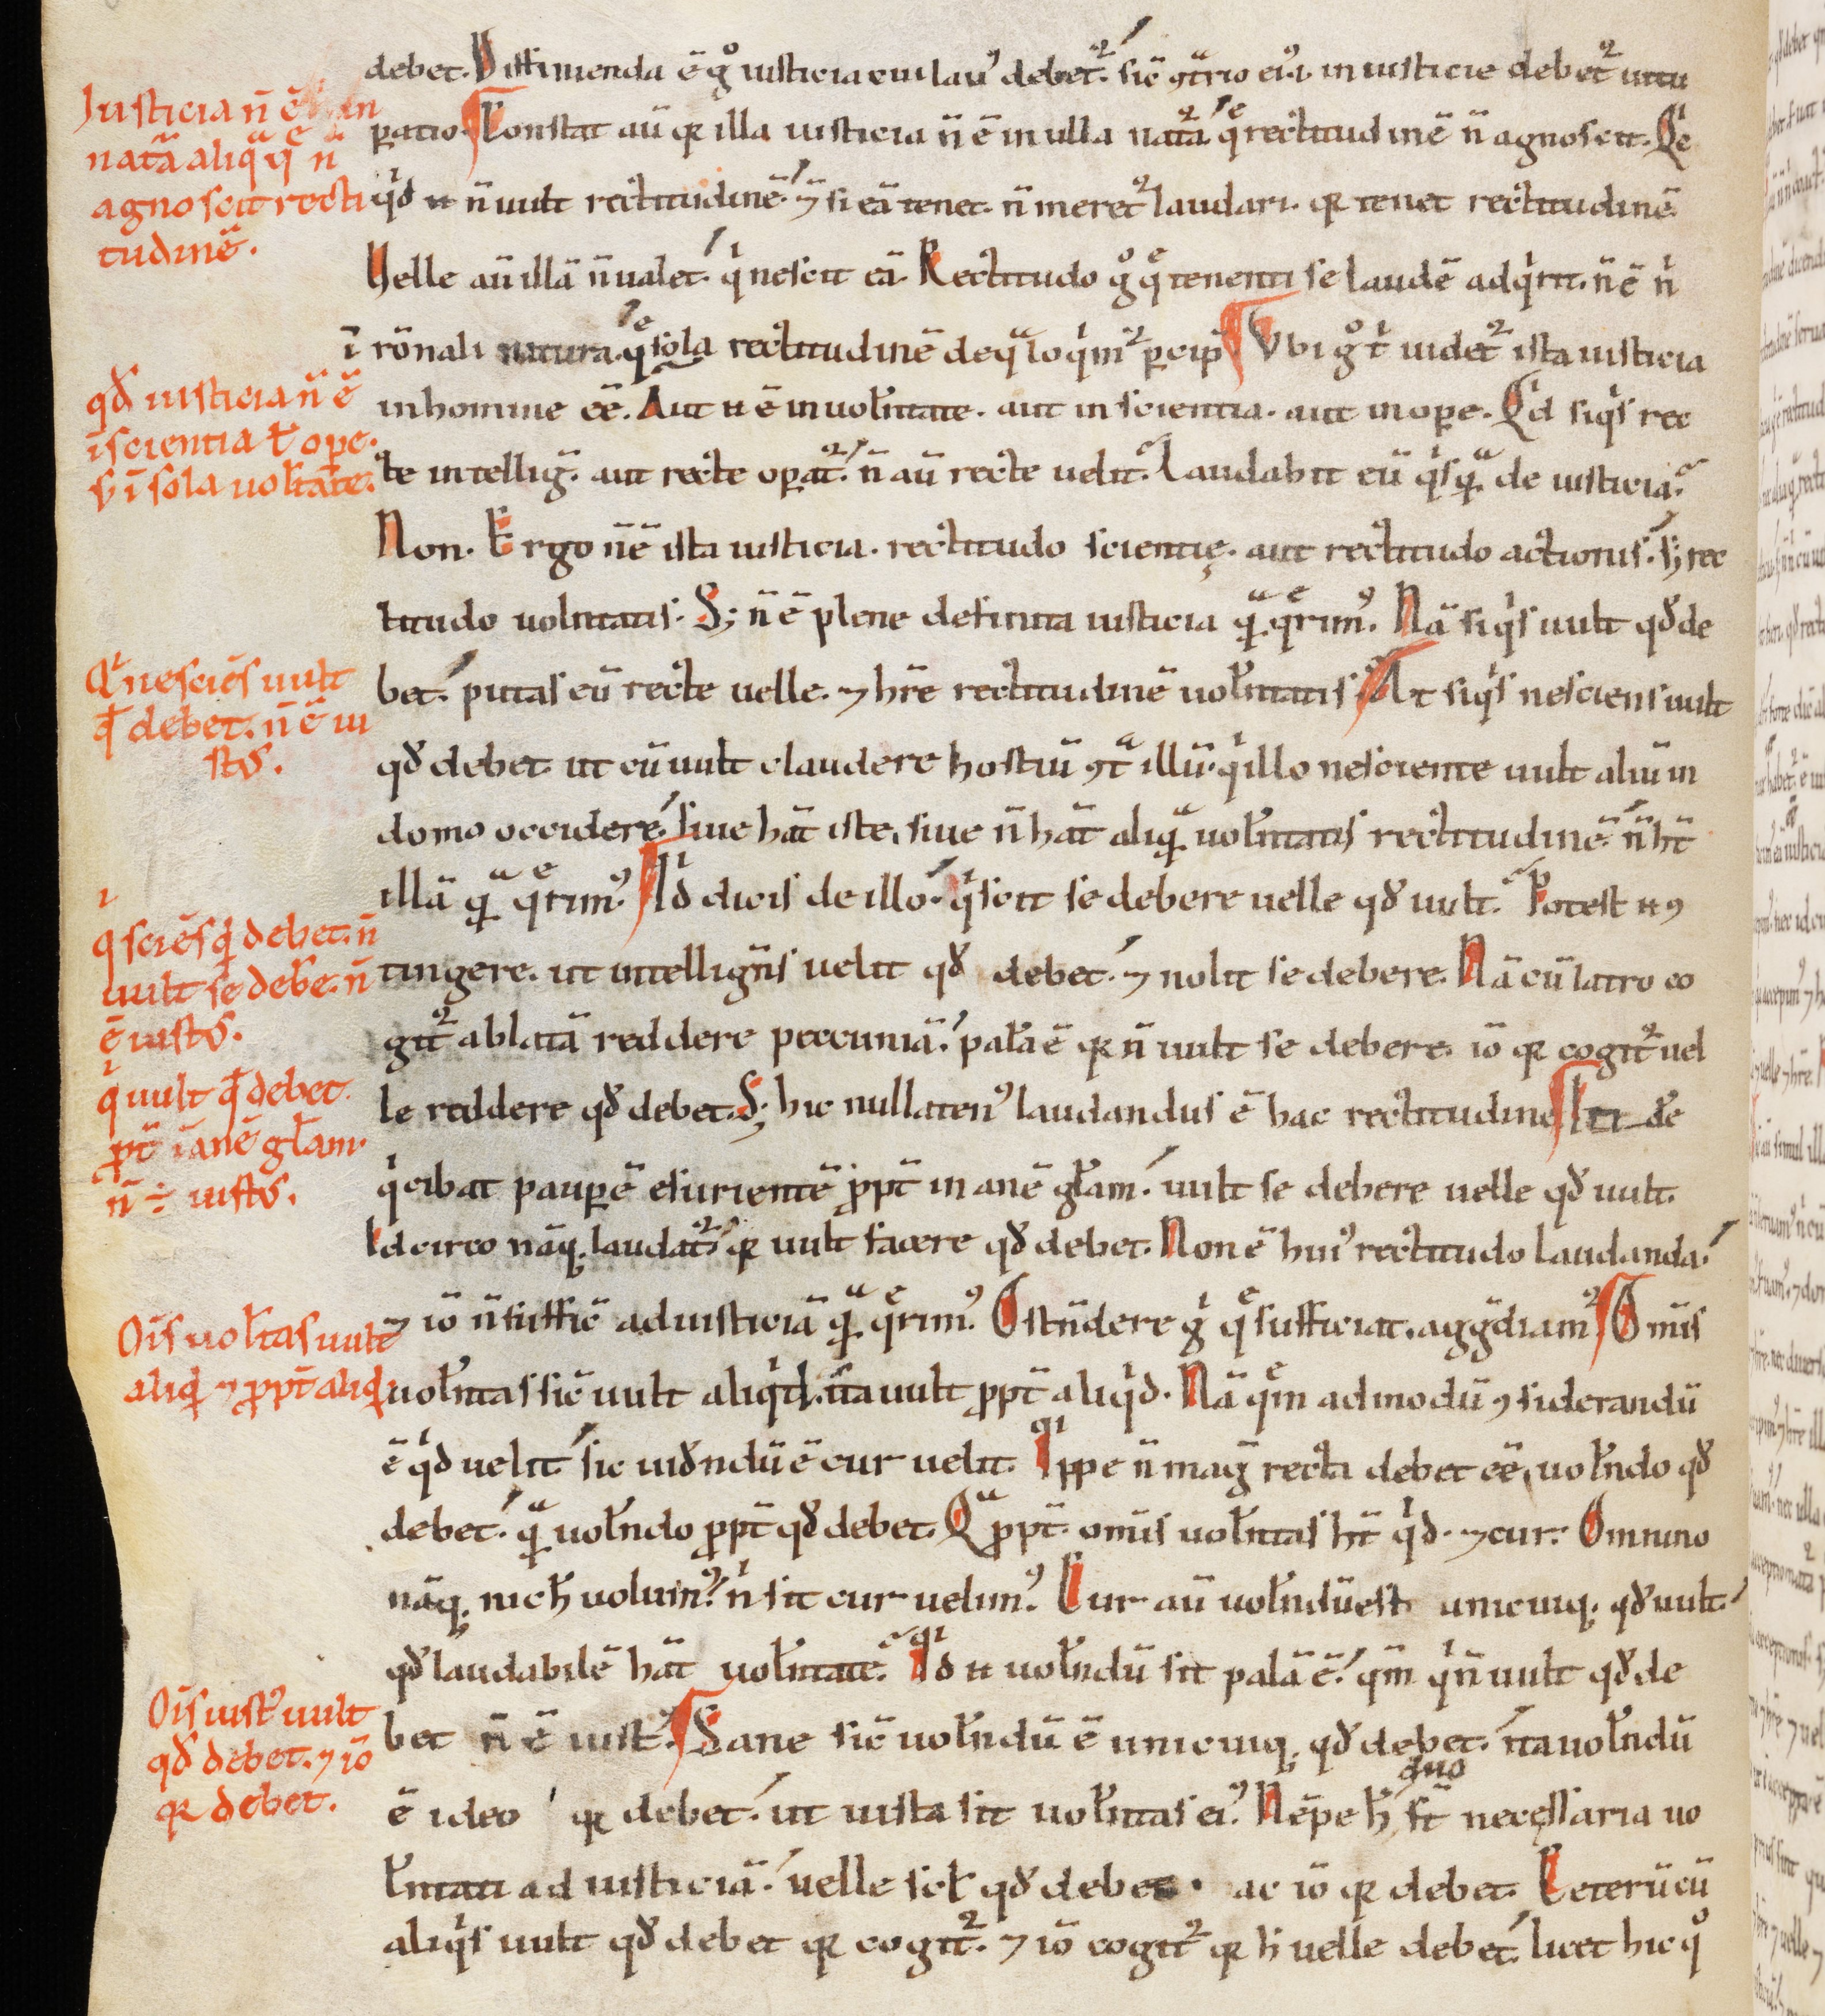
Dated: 1100–1199